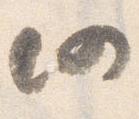
仍